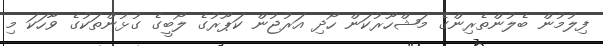
ފިލުމުން ބެލުންތެރިންގެ މަޝްހޫރުކަން ހޯދި އަރުޖުން ކަޕޫރުގެ ލޯބީގެ ގުޅުންތަކުގެ ވާހަކަ މި